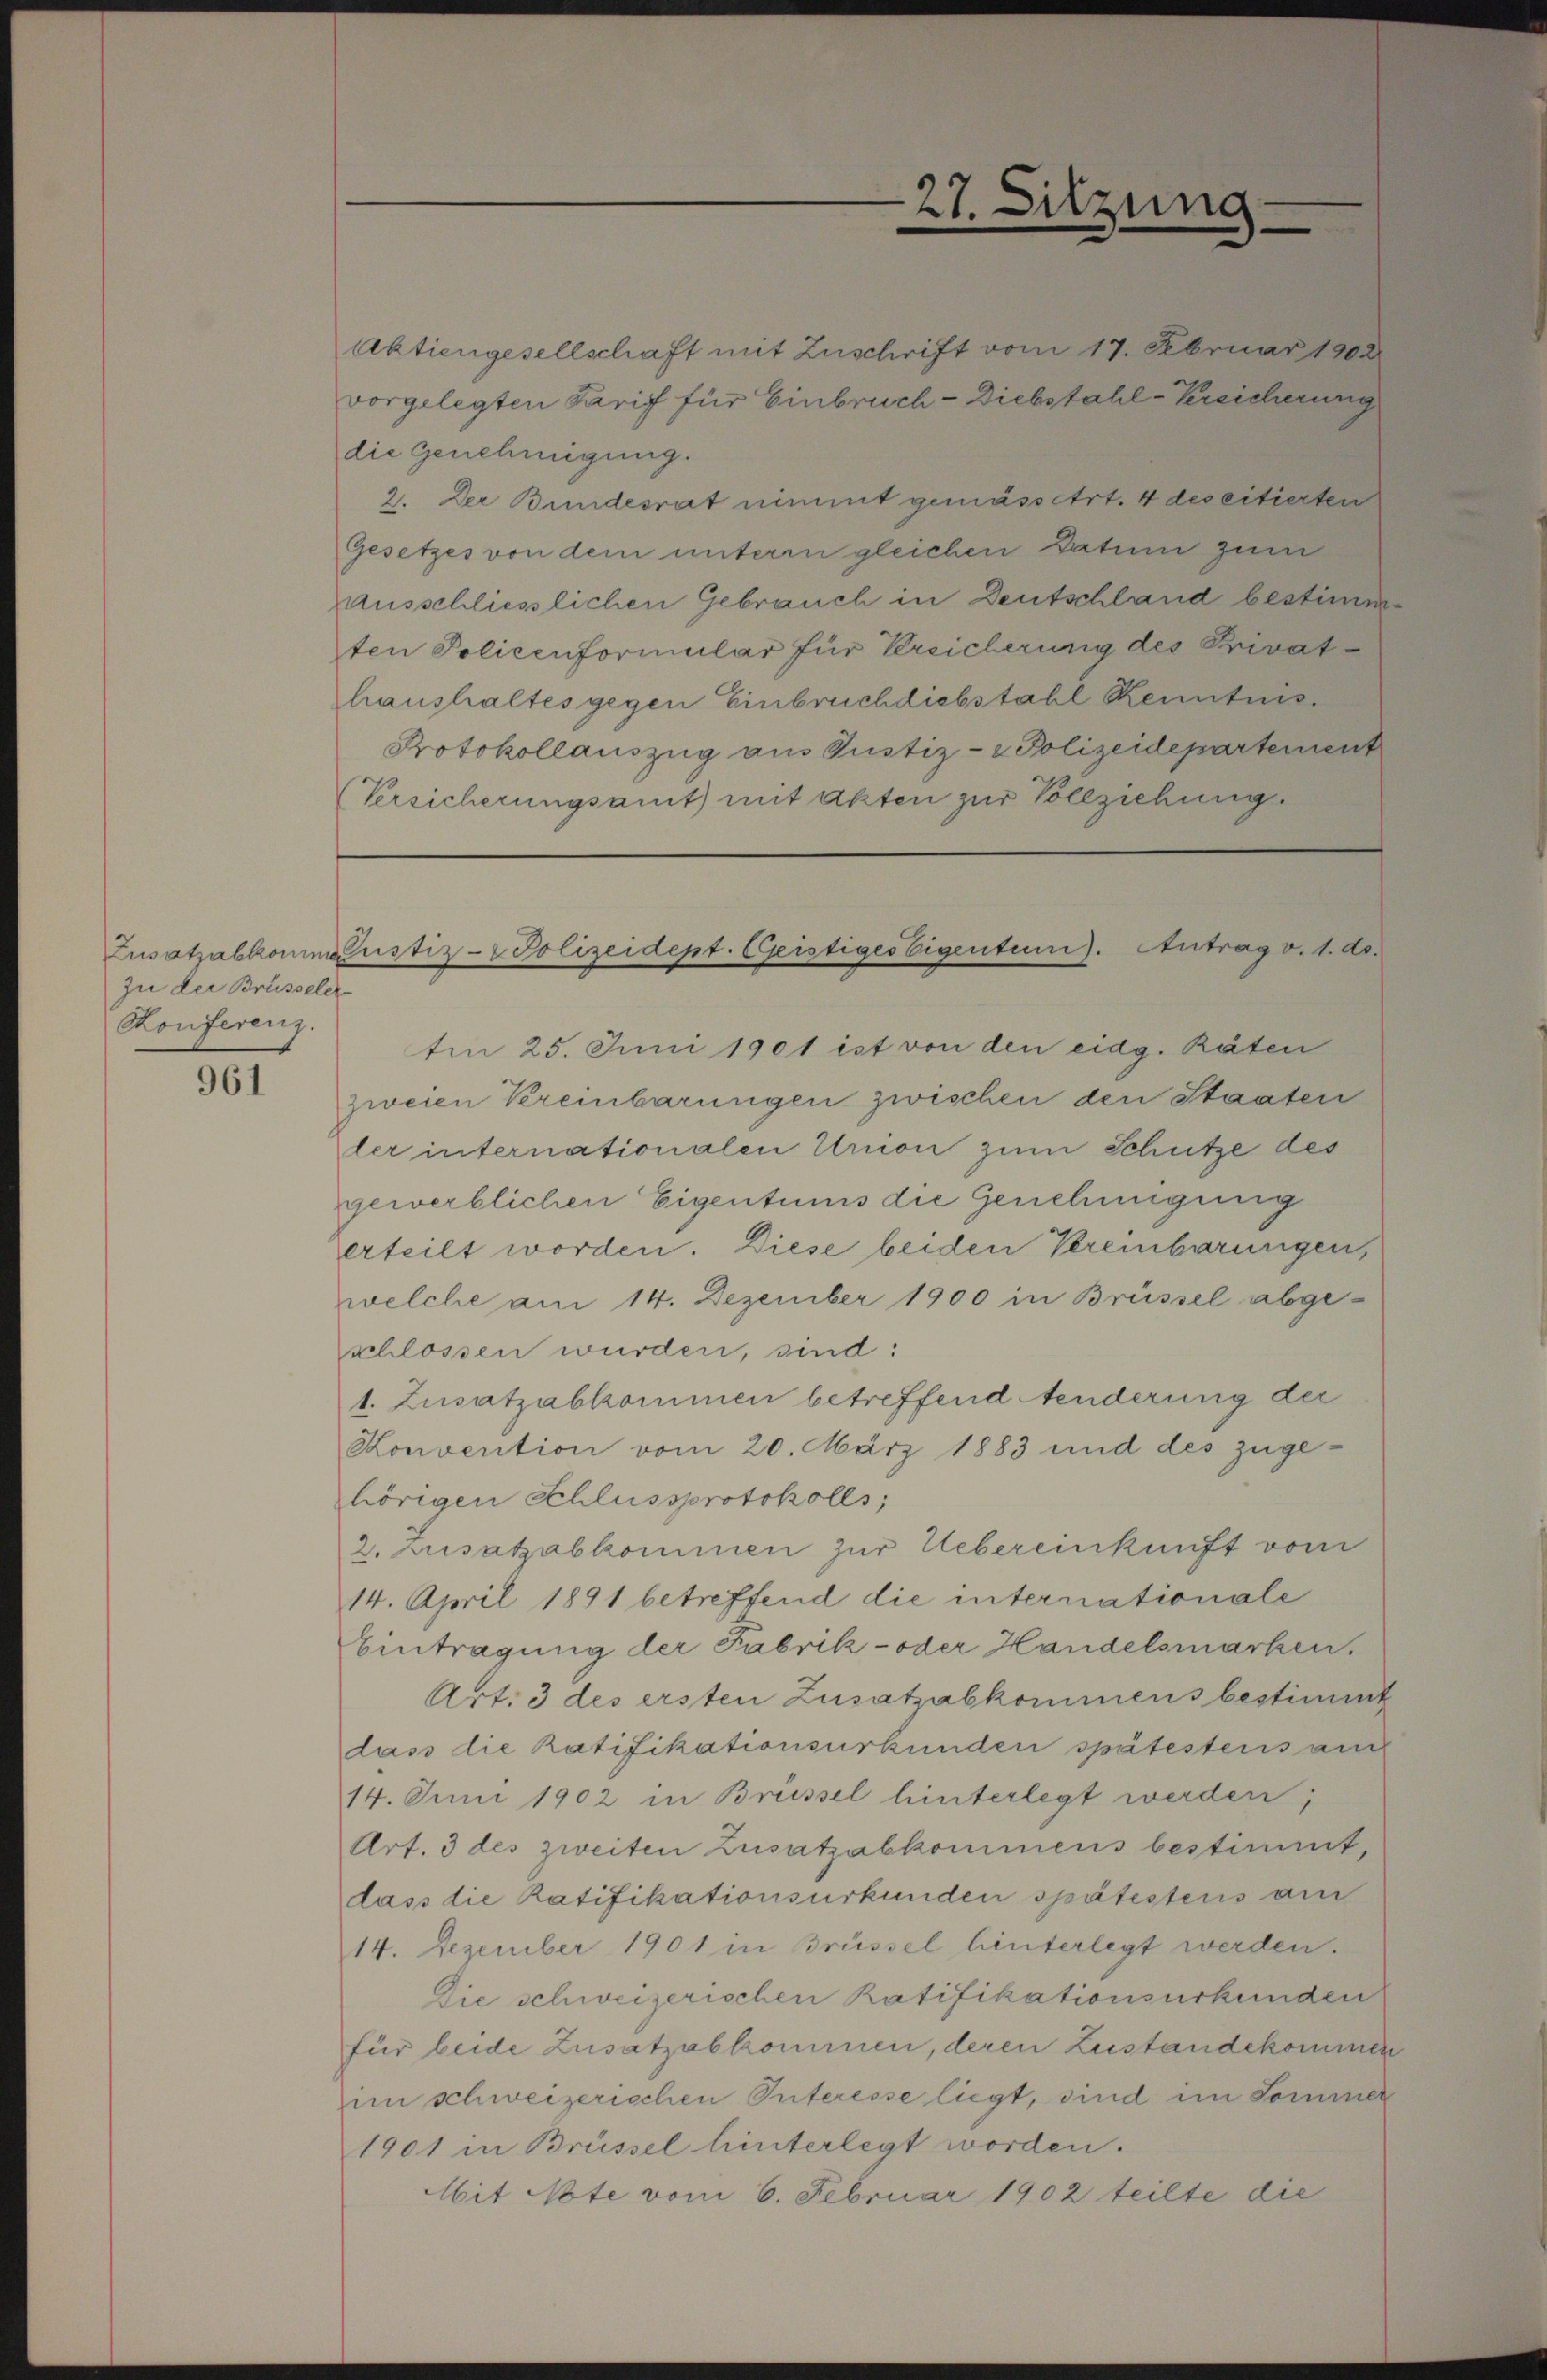
zu der Brüsseler
Konferenz.

961

Aktiengesellschaft mit Zuschrift vom 17. Februar 1902.
vorgelegten Tarif für Einbruch - Diebstahl-Kreicherung
die Genehmigung.
2. Der Bundesrat nimmt gemässert. 4 des citierten
Gesetzes von dem unterm gleichen Datum zum
ausschliesslichen Gebrauch in Deutschland bestimmten Policenformular für Kreicherung des Privathaushaltes gegen Einbruch diebstahl Kenntnis.
Protokollauszug aus Justiz- & Polizeidepartement
(Versicherungsamt mit Akten zur Vollziehung

27. Sitzung.

Zusatzabkommnustiz- & Polizeidept. Geistiges Eigentum). Antrag v. 1. ds.

ten 25. Juni 1901 ist von den eidg. Räten
zweien Kreinbarungen zwischen den Staaten
ler internationalen Union zum Schütze des
gewerblichen Eigentums die Genehmigung
erteilt worden. Diese beiden Vereinbarungen,
welche am 14. Dezember 1900 in Brüssel abge-
schlossen wurden, sind:
1. Zusatzabkommen betreffend enderung der
Konvention vom 20. März 1883 und des zuge-
hörigen Schlussprotokolls,
2. Zusatzabkommen zur Uebereinkunft vom
14. April 1891 betreffend die internationale
Eintragung der Fabrik- oder Handelsmarken,
Art. 3 des ersten Zusatzabkommens bestimmt
dass die Ratifikationsurkunden spätestens auch
14. Juni 1902 in Brüssel hinterlegt werden;
Art. 3 des zweiten Zusatzabkommens bestimmt,
dass die Ratifikationsurkunden spätestens am
14. Dezember 1901 in Brüssel hinterlegt werden.
Die schweizerischen Ratifikationsurkunden
für beide Zusatzabkommen, deren Zustandekommen
im schweizerischen Interesse liegt, sind im Sommer
1901 in Brüssel hinterlegt worden.
Mit Note vom 6. Februar 1902 teilte die